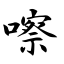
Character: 嚓